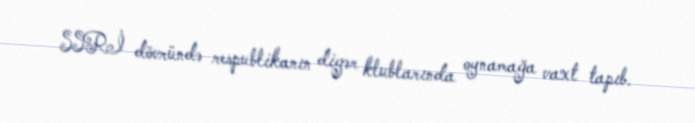
SSRİ dövründə respublikanın digər klublarında oynamağa vaxt tapıb.